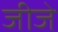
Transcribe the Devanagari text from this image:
जीजे